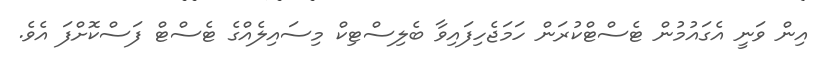
އިން ވަނީ އެގައުމުން ޓެސްޓްކުރަން ހަމަޖެހިފައިވާ ބެލިސްޓިކް މިސައިލެއްގެ ޓެސްޓް ފަސްކޮށްފަ އެވެ.